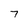
Character: 7